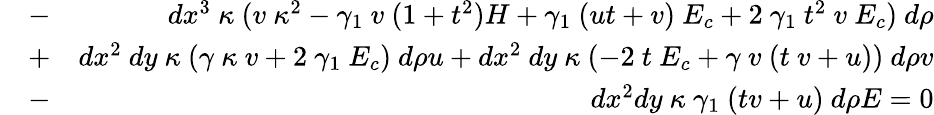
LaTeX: \begin{array}{rlr}&{-}&{dx^{3}~\kappa~(v~\kappa^{2}-\gamma_{1}~v~(1+t^{2})H+\gamma_{1}~(ut+v)~E_{c}+2~\gamma_{1}~t^{2}~v~E_{c})~d\rho}\\ &{+}&{dx^{2}~dy~\kappa~(\gamma~\kappa~v+2~\gamma_{1}~E_{c})~d\rho u+dx^{2}~dy~\kappa~(-2~t~E_{c}+\gamma~v~(t~v+u))~d\rho v}\\ &{-}&{dx^{2}dy~\kappa~\gamma_{1}~(tv+u)~d\rho E=0}\end{array}